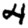
Digit: 4